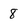
Character: 8